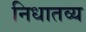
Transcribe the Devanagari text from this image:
निधातव्य